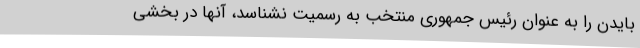
بایدن را به عنوان رئیس جمهوری منتخب به رسمیت نشناسد، آنها در بخشی